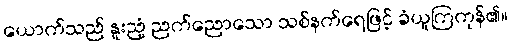
ယောက်သည် နူးညံ့ ညက်ညောသော သစ်နက်ရေဖြင့် ခံယူကြကုန်၏။